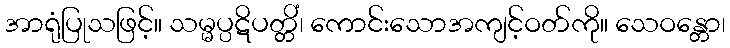
အာရုံပြုသဖြင့်။ သမ္မပ္ပဋိပတ္တိံ၊ ကောင်းသောအကျင့်ဝတ်ကို။ သေဝန္တော၊